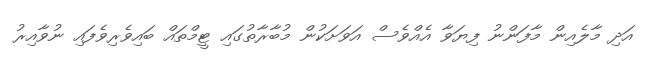
އަދި މާލެއިން މާފަންނު ފިޔަވާ އެއްވެސް އަވަށަކުން މުބާރާތުގައި ޓީމްތައް ބައިވެރިވެފައި ނުވާއިރު